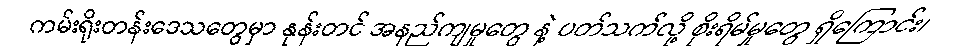
ကမ်းရိုးတန်းဒေသတွေမှာ နုန်းတင် အနည်ကျမှုတွေ နဲ့ ပတ်သက်လို့ စိုးရိမ်မှုတွေ ရှိကြောင်း၊